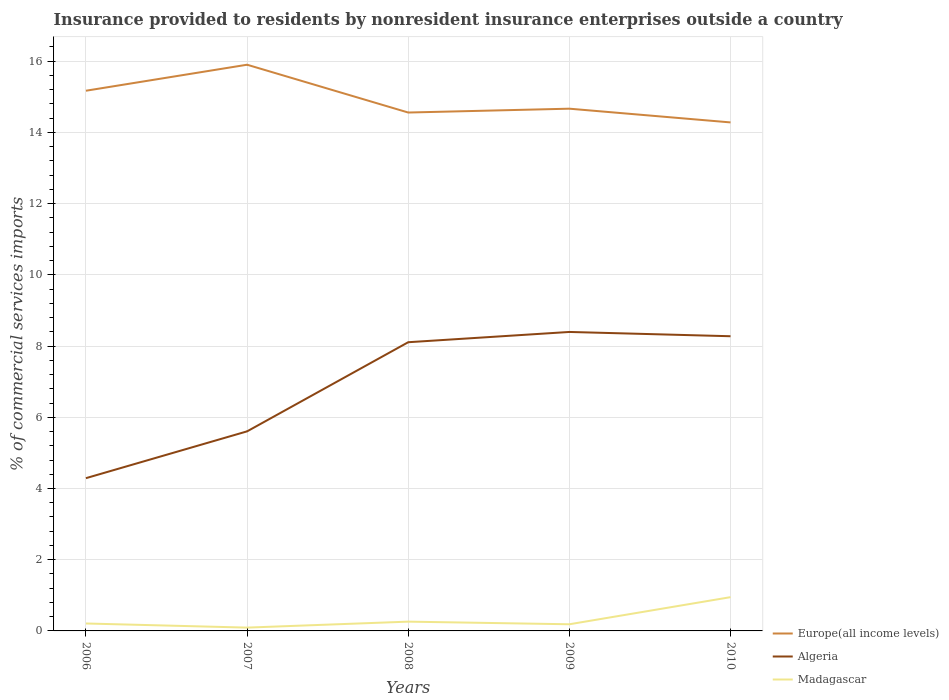
| Years | Europe(all income levels) | Algeria | Madagascar |
 | --- | --- | --- | --- |
 | 2006 | 15.2 | 4.29 | 0.209 |
 | 2007 | 15.9 | 5.6 | 0.093 |
 | 2008 | 14.6 | 8.11 | 0.26 |
 | 2009 | 14.7 | 8.4 | 0.187 |
 | 2010 | 14.3 | 8.28 | 0.948 |